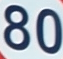
80